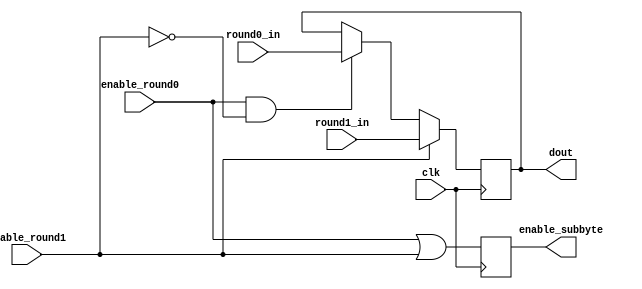
`timescale 1ns / 1ps
//////////////////////////////////////////////////////////////////////////////////
// Company: 
// Engineer: 
// 
// Design Name: 
// Module Name:    loop 
// Project Name: 
// Target Devices: 
// Tool versions: 
// Description: 
//
// Dependencies: 
//
// Revision: 
// Revision 0.01 - File Created
// Additional Comments: 
//
//////////////////////////////////////////////////////////////////////////////////

module loop(clk,round0_in,round1_in,dout,enable_round0,enable_round1,enable_subbyte);
input clk,enable_round0,enable_round1;
input [7:0]round0_in,round1_in;
output reg[7:0] dout;
output reg enable_subbyte;

//assign enable_subbyte= enable_round0 || enable_round1;
always@(posedge clk)begin
enable_subbyte <= enable_round0 || enable_round1;
if(enable_round0==1'd1 && enable_round1 ==0)begin
dout <=round0_in;
//enable_subbyte <= enable_round0;
//enable_subbyte <= 1'd1;
end
//else begin
//enable_subbyte <= 1'd0;end
/*else if(enable_round0==1'd0)begin
enable_subbyte <= enable_round0;
end*/


if(enable_round1==1'd1)begin
dout <= round1_in;
//enable_subbyte <= enable_round1;
//enable_subbyte <= 1'd1;
end
//else begin
//enable_subbyte <= 1'd0; end
/*else if(enable_round1==1'd0)begin
enable_subbyte <= enable_round1;
end*/
end
endmodule